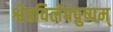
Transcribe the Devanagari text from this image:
श्वेतविलेपपुष्पम्